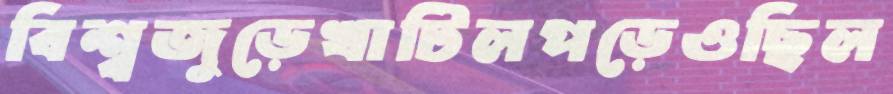
বিশ্বজুড়েখাটিলপড়েওছিল